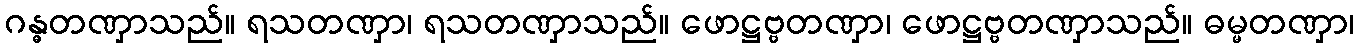
ဂန္ဓတဏှာသည်။ ရသတဏှာ၊ ရသတဏှာသည်။ ဖောဋ္ဌဗ္ဗတဏှာ၊ ဖောဋ္ဌဗ္ဗတဏှာသည်။ ဓမ္မတဏှာ၊